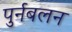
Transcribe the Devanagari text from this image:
पुर्नबलन